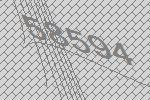
58594